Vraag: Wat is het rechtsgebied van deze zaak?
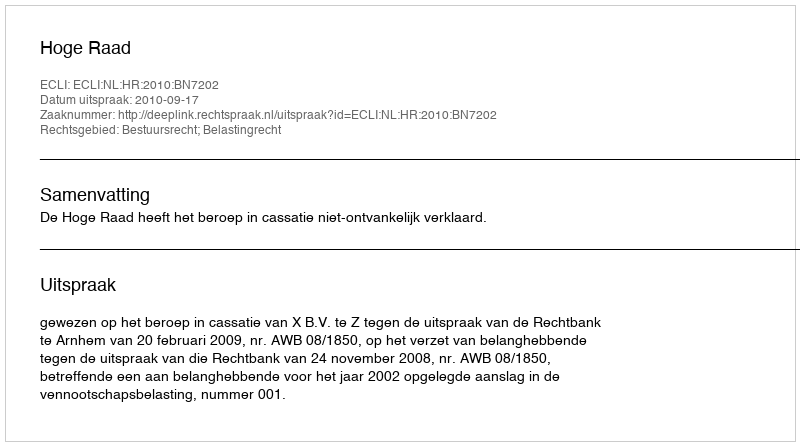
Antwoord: Bestuursrecht; Belastingrecht